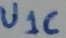
Text: U1C